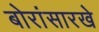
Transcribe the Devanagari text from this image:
बोरांसारखे